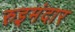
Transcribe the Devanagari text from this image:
रुइमंदार